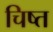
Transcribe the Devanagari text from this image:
चिष्त